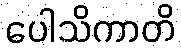
ပေါသိကာတိ